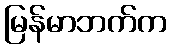
မြန်မာဘက်က